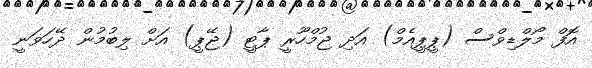
އޮފް މޯލްޑިވްސް (ޕީޕީއެމް) އަދި ޖުމްހޫރީ ޕާޓީ (ޖޭޕީ) އަށް ލިބުމުން ދޭހަވަނީ